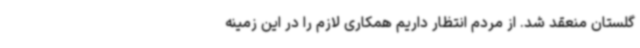
گلستان منعقد شد. از مردم انتظار داریم همکاری لازم را در این زمینه